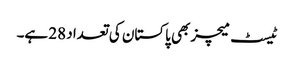
ٹیسٹ میچز بھی پاکستان کی تعداد 28 ہے۔